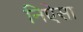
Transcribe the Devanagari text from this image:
निऐसा